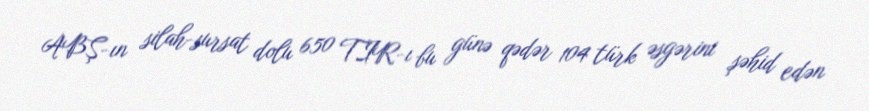
ABŞ-ın silah-sursat dolu 650 TIR-ı bu günə qədər 104 türk əsgərini şəhid edən